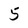
Character: 5